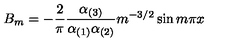
B _ { m } = - { \frac { 2 } { \pi } } { \frac { \alpha _ { ( 3 ) } } { \alpha _ { ( 1 ) } \alpha _ { ( 2 ) } } } m ^ { - 3 / 2 } \sin m \pi x